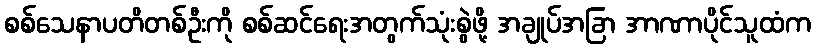
စစ်သေနာပတိတစ်ဦးကို စစ်ဆင်ရေးအတွက်သုံးစွဲဖို့ အချုပ်အခြာ အာဏာပိုင်သူထံက